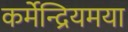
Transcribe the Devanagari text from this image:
कर्मेन्द्रियमया